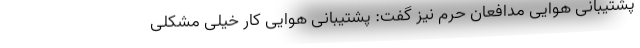
پشتیبانی هوایی مدافعان حرم نیز گفت: پشتیبانی هوایی کار خیلی مشکلی